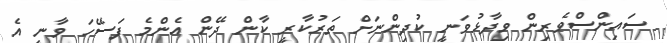
ސައިންސްވެރިން ވިދާޅުވަނީ ކުދިންނަށް ތަރުކާރީ ކާން ދޭން އެންމެ ފަސޭހަ ވާނީ އެ